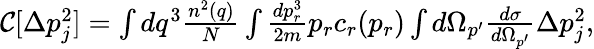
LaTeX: \begin{array}{r}{\mathcal{C}[\Delta p_{j}^{2}]=\int dq^{3}\frac{n^{2}(q)}{N}\int\frac{dp_{r}^{3}}{2m}p_{r}c_{r}(p_{r})\int d\Omega_{p^{\prime}}\frac{d\sigma}{d\Omega_{p^{\prime}}}\Delta p_{j}^{2},}\end{array}